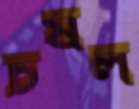
চষল